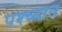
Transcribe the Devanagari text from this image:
पश्‍च्यात